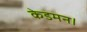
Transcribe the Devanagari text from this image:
केडमन।